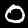
Label: 0